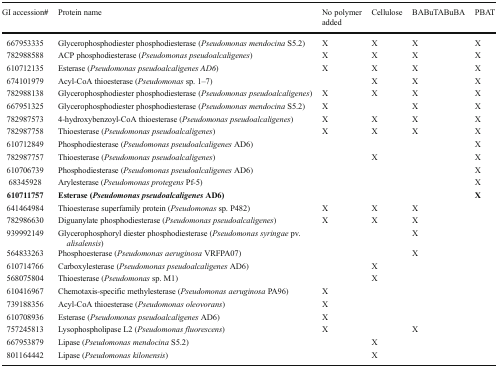
<table><thead><tr><td><b>GI accession#</b></td><td><b>Protein name</b></td><td><b>No polymer added</b></td><td><b>Cellulose</b></td><td><b>BABuTABuBA</b></td><td><b>PBAT</b></td></tr></thead><tbody><tr><td>667953335</td><td>Glycerophosphodiester phosphodiesterase (<i>Pseudomonas mendocina</i> S5.2)</td><td>X</td><td>X</td><td>X</td><td>X</td></tr><tr><td>782988588</td><td>ACP phosphodiesterase (<i>Pseudomonas pseudoalcaligenes</i>)</td><td>X</td><td>X</td><td>X</td><td>X</td></tr><tr><td>610712135</td><td>Esterase (<i>Pseudomonas pseudoalcaligenes AD6</i>)</td><td>X</td><td>X</td><td>X</td><td>X</td></tr><tr><td>674101979</td><td>Acyl-CoA thioesterase (<i>Pseudomonas</i> sp. 1–7)</td><td></td><td>X</td><td>X</td><td>X</td></tr><tr><td>782988138</td><td>Glycerophosphodiester phosphodiesterase (<i>Pseudomonas pseudoalcaligenes</i>)</td><td>X</td><td>X</td><td>X</td><td>X</td></tr><tr><td>667951325</td><td>Glycerophosphodiester phosphodiesterase (<i>Pseudomonas mendocina</i> S5.2)</td><td>X</td><td></td><td>X</td><td>X</td></tr><tr><td>782987573</td><td>4-hydroxybenzoyl-CoA thioesterase (<i>Pseudomonas pseudoalcaligenes</i>)</td><td>X</td><td>X</td><td>X</td><td>X</td></tr><tr><td>782987758</td><td>Thioesterase (<i>Pseudomonas pseudoalcaligenes</i>)</td><td>X</td><td>X</td><td>X</td><td>X</td></tr><tr><td>610712849</td><td>Phosphodiesterase (<i>Pseudomonas pseudoalcaligenes</i> AD6)</td><td></td><td></td><td></td><td>X</td></tr><tr><td>782987757</td><td>Thioesterase (<i>Pseudomonas pseudoalcaligenes</i>)</td><td></td><td>X</td><td></td><td>X</td></tr><tr><td>610706739</td><td>Phosphodiesterase (<i>Pseudomonas pseudoalcaligenes</i> AD6)</td><td></td><td></td><td></td><td>X</td></tr><tr><td>68345928</td><td>Arylesterase (<i>Pseudomonas protegens</i> Pf-5)</td><td></td><td></td><td></td><td>X</td></tr><tr><td><b>610711757</b></td><td><b>Esterase (</b><b><i>Pseudomonas pseudoalcaligenes</i></b><b>AD6)</b></td><td></td><td></td><td></td><td><b>X</b></td></tr><tr><td>641464984</td><td>Thioesterase superfamily protein (<i>Pseudomonas</i> sp. P482)</td><td>X</td><td>X</td><td>X</td><td></td></tr><tr><td>782986630</td><td>Diguanylate phosphodiesterase (<i>Pseudomonas pseudoalcaligenes</i>)</td><td>X</td><td>X</td><td>X</td><td></td></tr><tr><td>939992149</td><td>Glycerophosphoryl diester phosphodiesterase (<i>Pseudomonas syringae</i> pv. <i>alisalensis</i>)</td><td></td><td></td><td>X</td><td></td></tr><tr><td>564833263</td><td>Phosphoesterase (<i>Pseudomonas aeruginosa</i> VRFPA07)</td><td></td><td></td><td>X</td><td></td></tr><tr><td>610714766</td><td>Carboxylesterase (<i>Pseudomonas pseudoalcaligenes</i> AD6)</td><td></td><td>X</td><td></td><td></td></tr><tr><td>568075804</td><td>Thioesterase (<i>Pseudomonas</i> sp. M1)</td><td></td><td>X</td><td></td><td></td></tr><tr><td>610416967</td><td>Chemotaxis-specific methylesterase (<i>Pseudomonas aeruginosa</i> PA96)</td><td>X</td><td></td><td></td><td></td></tr><tr><td>739188356</td><td>Acyl-CoA thioesterase (<i>Pseudomonas oleovorans</i>)</td><td>X</td><td></td><td></td><td></td></tr><tr><td>610708936</td><td>Esterase (<i>Pseudomonas pseudoalcaligenes</i> AD6)</td><td>X</td><td></td><td></td><td></td></tr><tr><td>757245813</td><td>Lysophospholipase L2 (<i>Pseudomonas fluorescens</i>)</td><td>X</td><td></td><td>X</td><td></td></tr><tr><td>667953879</td><td>Lipase (<i>Pseudomonas mendocina</i> S5.2)</td><td></td><td>X</td><td></td><td></td></tr><tr><td>801164442</td><td>Lipase (<i>Pseudomonas kilonensis</i>)</td><td></td><td>X</td><td></td><td></td></tr></tbody></table>